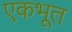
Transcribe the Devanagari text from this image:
एकभूत